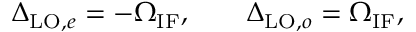
\Delta _ { \mathrm { L O } , e } = - \Omega _ { \mathrm { I F } } , \qquad \Delta _ { \mathrm { L O } , o } = \Omega _ { \mathrm { I F } } ,